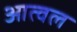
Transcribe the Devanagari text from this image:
आत्वल